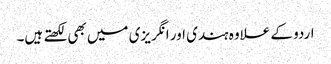
اردو کے علاوہ ہندی اور انگریزی میں بھی لکھتے ہیں۔